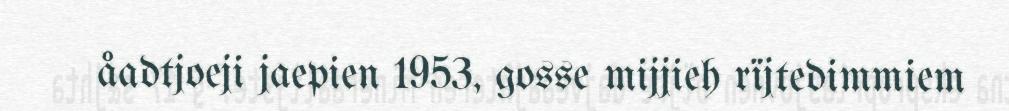
åadtjoeji jaepien 1953, gosse mijjieh rïjtedimmiem